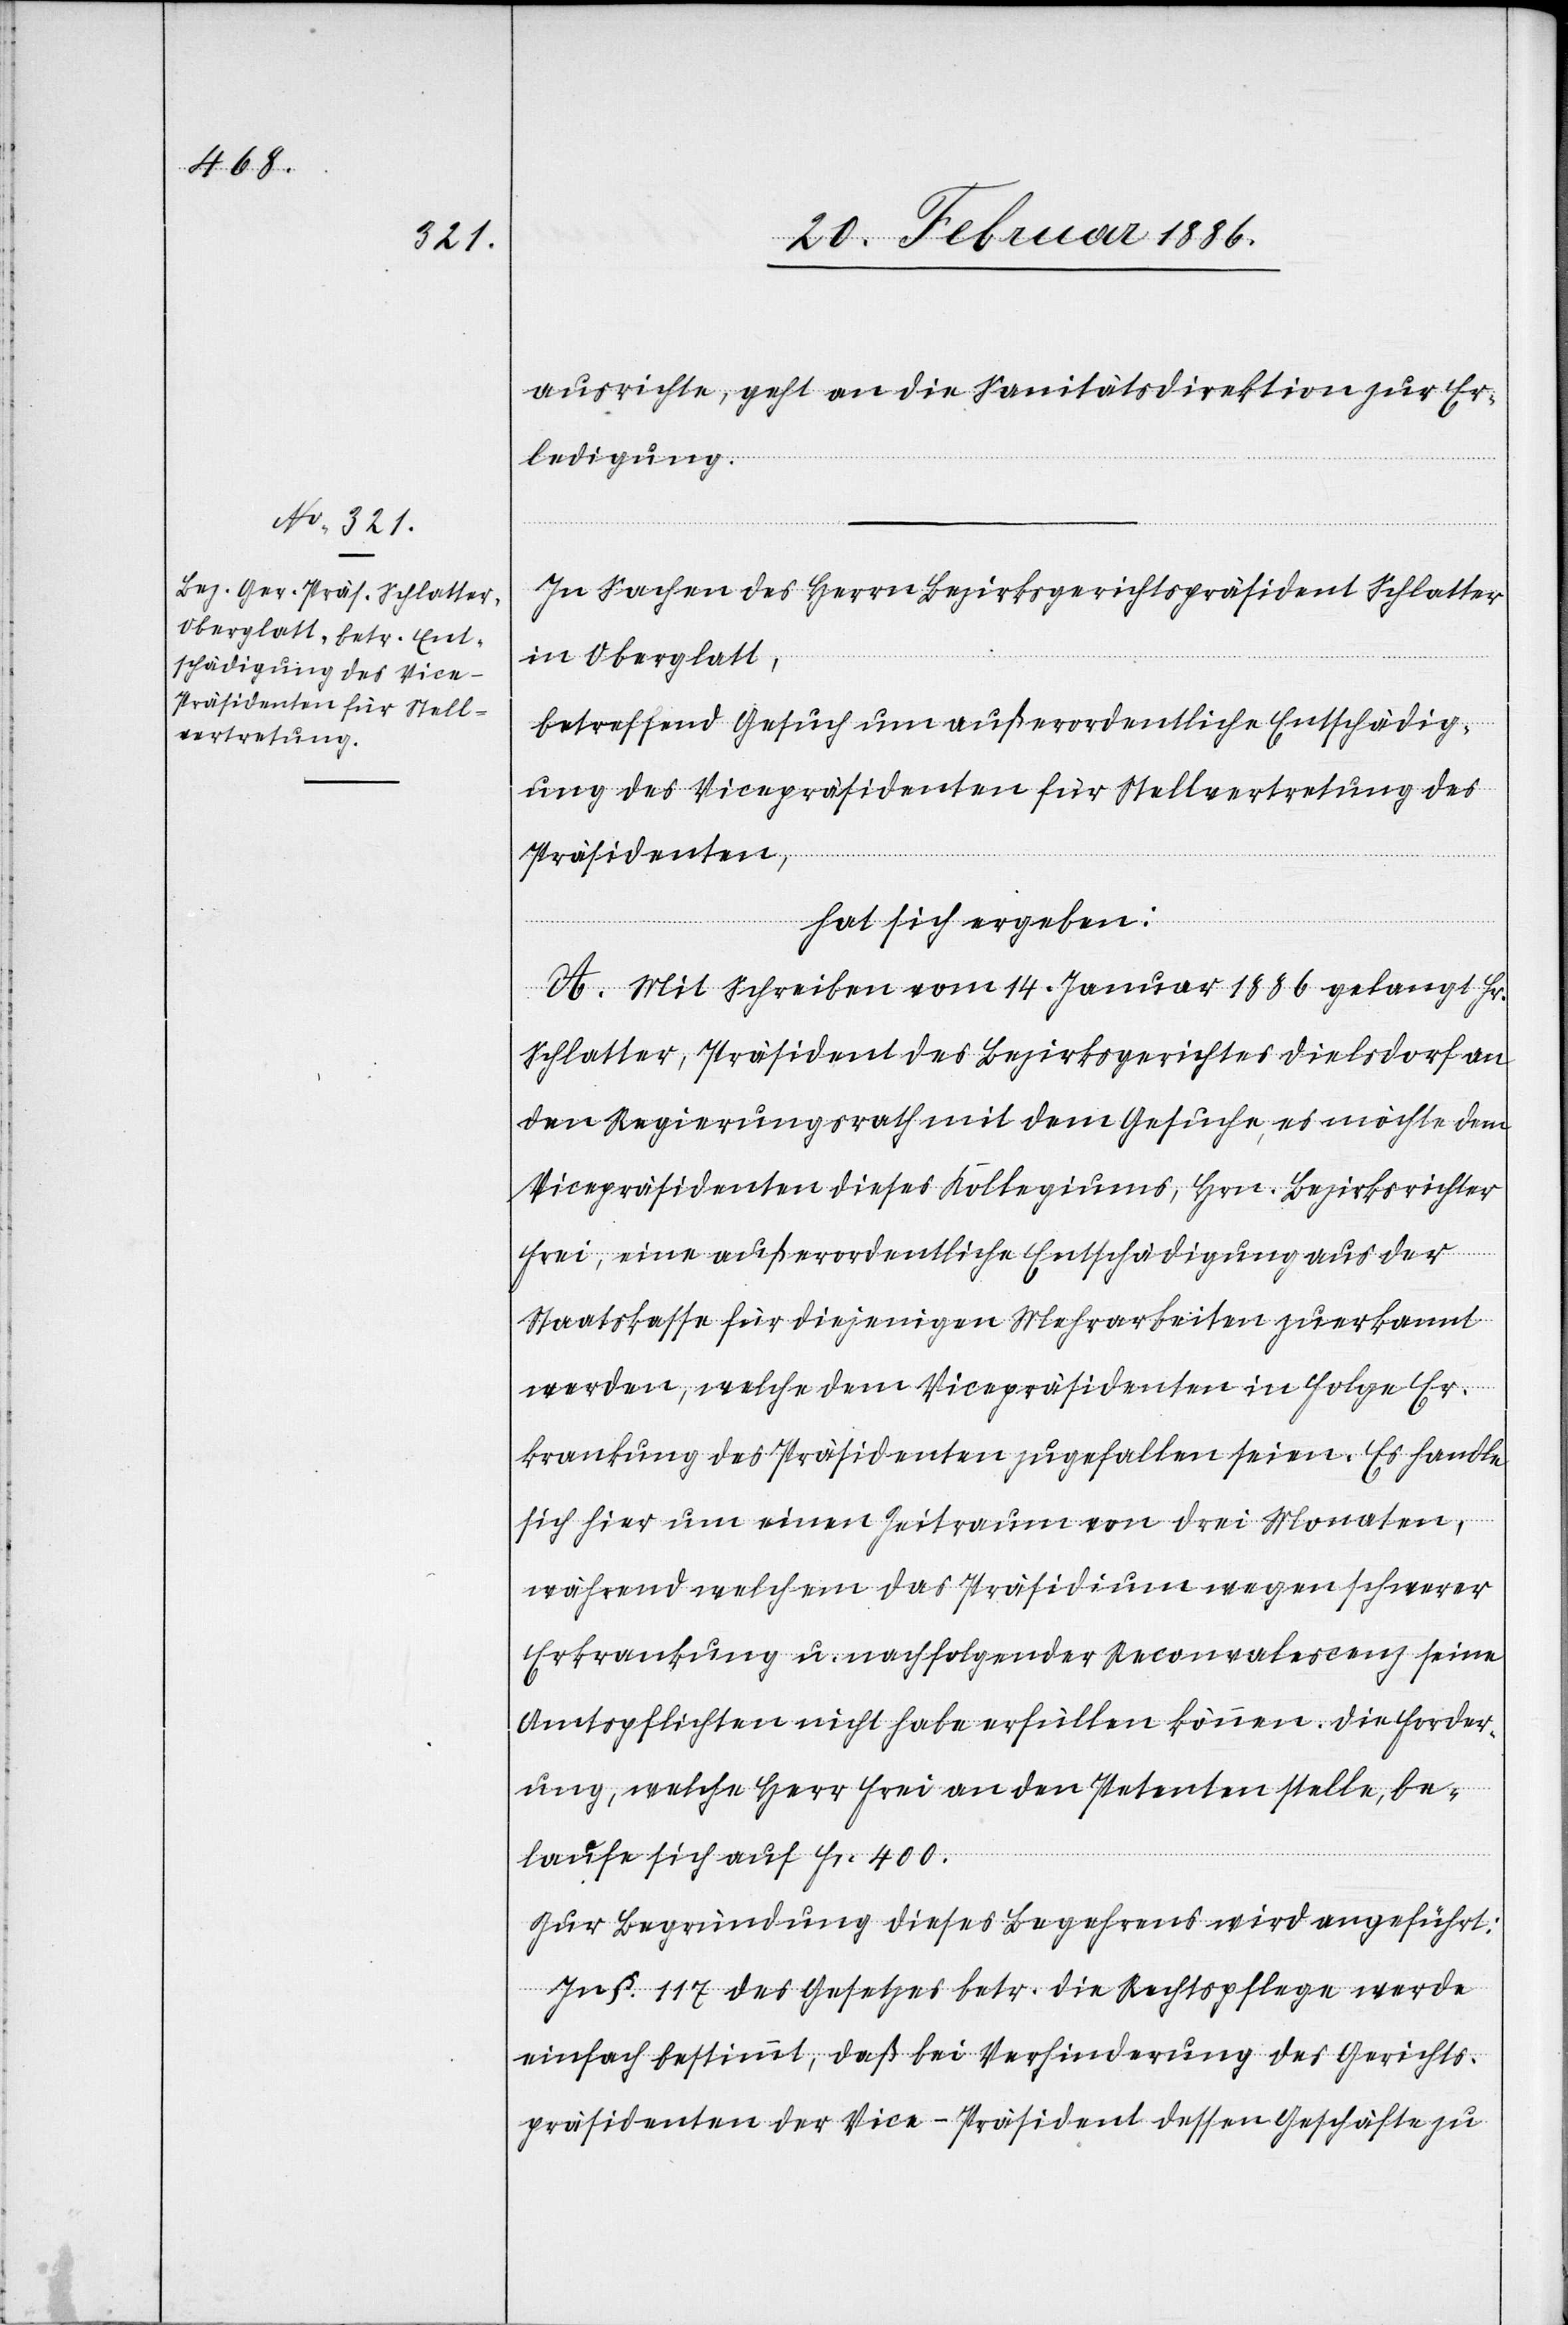
ausrichte, geht an die Sanitätsdirektion zur Er¬
ledigung.
In Sachen des Herrn Bezirksgerichtspräsidenten Schlatter
in Oberglatt,
betreffend Gesuch um außerordentliche Entschädig¬
ung des Vicepräsidenten für Stellvertretung des
Präsidenten,
hat sich ergeben:
A. Mit Schreiben vom 14. Januar 1886 gelangt Hr.
Schlatter, Präsident des Bezirksgerichtes Dielsdorf an
den Regierungsrath mit dem Gesuche, es möchte dem
Vicepräsidenten dieses Kollegiums, Hrn. Bezirksrichter
Frei, eine außerordentliche Entschädigung aus der
Staatskasse für diejenigen Mehrarbeiten zuerkannt
werden, welche dem Vicepräsidenten in Folge Er¬
krankung des Präsidenten zugefallen seien. Es handle
sich hier um einen Zeitraum von drei Monaten,
während welchem das Präsidium wegen schwerer
Erkrankung u. nachfolgender Reconvalescenz seine
Amtspflichten nicht habe erfüllen können. Die Forder¬
ung, welche Herr Frei an den Petenten stelle, be¬
laufe sich auf Fr. 400.
Zur Begründung dieses Begehrens wird angeführt:
In §. 117 des Gesetzes betr. die Rechtspflege werde
einfach bestimmt, daß bei Verhinderung des Gerichts¬
präsidenten der Vice-Präsident dessen Geschäfte zu